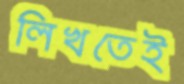
লিখতেই